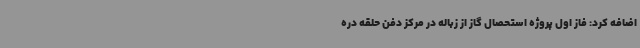
اضافه کرد: فاز اول پروژه استحصال گاز از زباله در مرکز دفن حلقه دره